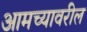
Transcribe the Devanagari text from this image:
आमच्यावरील